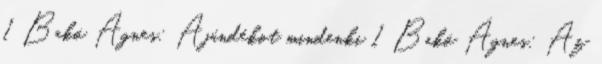
1 Bakó Ágnes: Ajándékot mindenki 1 Bakó Ágnes: Az